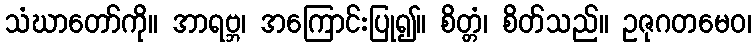
သံဃာတော်ကို။ အာရဗ္ဘ၊ အကြောင်းပြု၍။ စိတ္တံ၊ စိတ်သည်။ ဥဇုဂတမေဝ၊